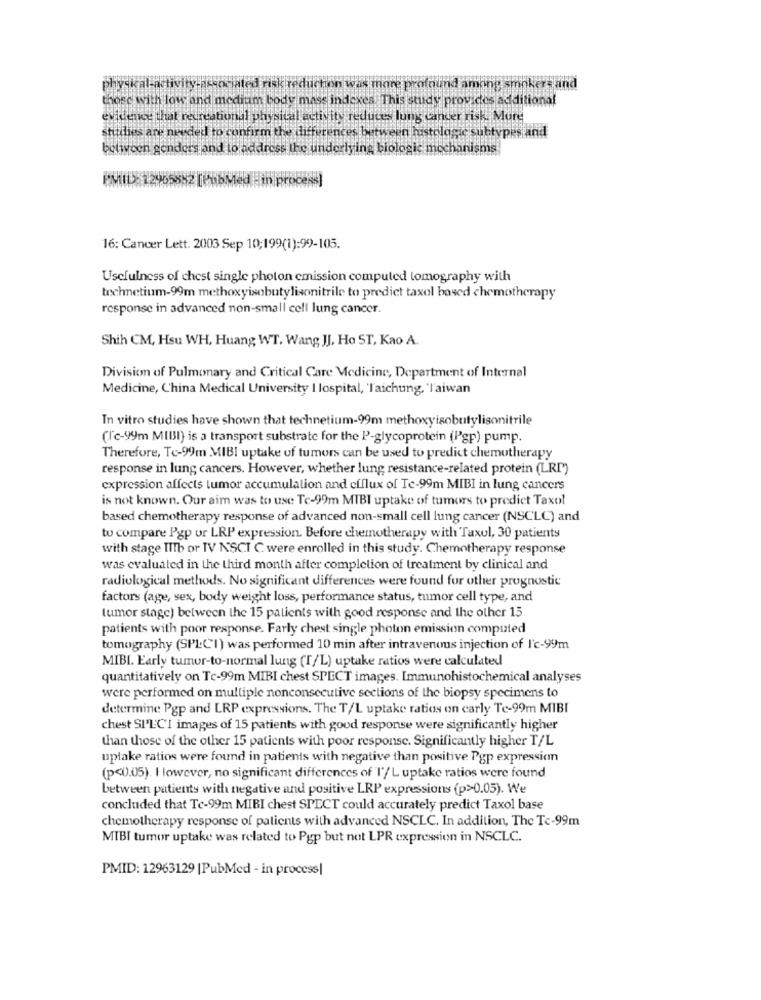
as m
profound among smokers and
those with low and medium body mass indexes. This study provides additional
evidence that recreational physical activity reduces lung cancer risk. More
studies are needed to confirm the differences between histologie subtypes and
beliveen genders and to address the underlying biologic mechanisms
PMID: 12965882 [PubMed - in pro
16: Cancer Lett. 2003 Sep 10;199(1):99-105.
Usefulness of chest single photon emission computed lomography with
technetium-99m methoxyisobutylisonitrile to predict taxol based chemotherapy
response in advanced non-small cell lung cancer.
Shih CM, Hsu WH, Huang WT. Wang JJ, Ho ST, Kao A.
Division of Pulmonary and Critical Care Medicine, Department of Internal
Medicine, China Medical University I lospital, 'Taichung, 'l'aiwan
In vitro studies have shown that technetium-99m methoxyisobutylisonitrile
(Ic-99m MIBI) is a transport substrate for the P-glycoprotein (Pgp) pump.
Therefore, To-99m MIBI uptake of tumors can be used to predict chemotherapy
response in lung cancers. However, whether lung resistance-related protein (LRP)
expression affects lumor accumulation and elflux of Te-99m MIBI in lung cancers
is not known. Our aim was to use Te-99m MIBI uptake of tumors to predict Taxol
based chemotherapy response of advanced non-small cell lung cancer (NSCLC) and
to compare Pgp or LRP expression. Before chemotherapy with Taxul, 30 patients
with stage IITb or TV NSCI C were enrolled in this study. Chemotherapy response
was evalualed in the third month after completion of treatment by clinical and
radiological methods. No significant differences were found for other prognostic
factors (age, sex, body weight loss, performance status, tumor cell type, and
tumor stage) between the 15 patients with good response and the other 15
patients with poor response. Farly chest single photon emission computed
tomography (SPLC'I) was performed 10 min after intravenous injection of I'c-99m
MIBI. Early tumor-to-normal lung (T/L) uptake ratios were calculated
quantitatively on Tc-99m MIBI chest SPECT images. Immunohistochemical analyses
were performed on multiple nonconsecutive sections of the biopsy specimens to
determine Pgp and LRP expressions. The T/L uptake ratios on carly Te-99m MIBI
chest SI'LCI images of 15 patients with good response were significantly higher
than those of the other 15 patients with poor response. Significantly higher T/L
uplake ratios were found in patients with negative than positive Pgp expression
(p<0.05). However, no significant differences of I'/L uptake ratios were found
between patients with negative and positive LRP expressions (p>0.05). We
concluded that Te-99m MIBI chest SPECT could accurately predict Taxol base
chemotherapy response of patients with advanced NSCLC. In addition, The Tc-99m
MIBI tumor uptake was related to Pgp but not LPR expression in NSCLC.
PMID: 12963129 |PubMed - in process|